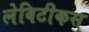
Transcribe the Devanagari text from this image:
लेविटीकस